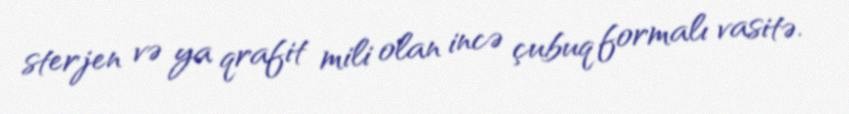
sterjen və ya qrafit mili olan incə çubuq formalı vasitə.